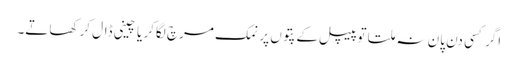
اگر کسی دن پان نہ ملتا تو پیپل کے پتوں پر نمک مرچ لگاکر یا چینی ڈال کر کھاتے۔